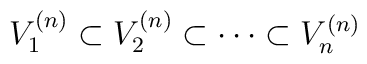
V_1^{(n)}\subset V_2^{(n)}\subset\cdots\subset V_n^{(n)}